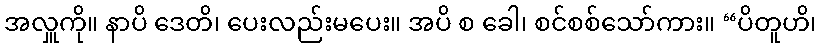
အလှူကို။ နာပိ ဒေတိ၊ ပေးလည်းမပေး။ အပိ စ ခေါ၊ စင်စစ်သော်ကား။ “ပိတူဟိ၊